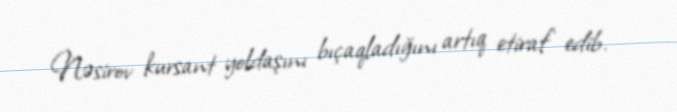
Nəsirov kursant yoldaşını bıçaqladığını artıq etiraf edib.